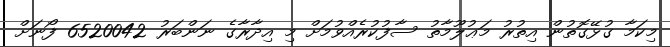
މިކަމާ ގުޅޭގޮތުން އިތުރު މަޢުލޫމާތު ސާފުކުރެއްވުމަށް މި އިދާރާގެ ނަންބަރު 6520042 ފޯނަށް